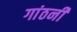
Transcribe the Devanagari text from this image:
गांठनी